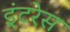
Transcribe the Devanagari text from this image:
इंटरेस